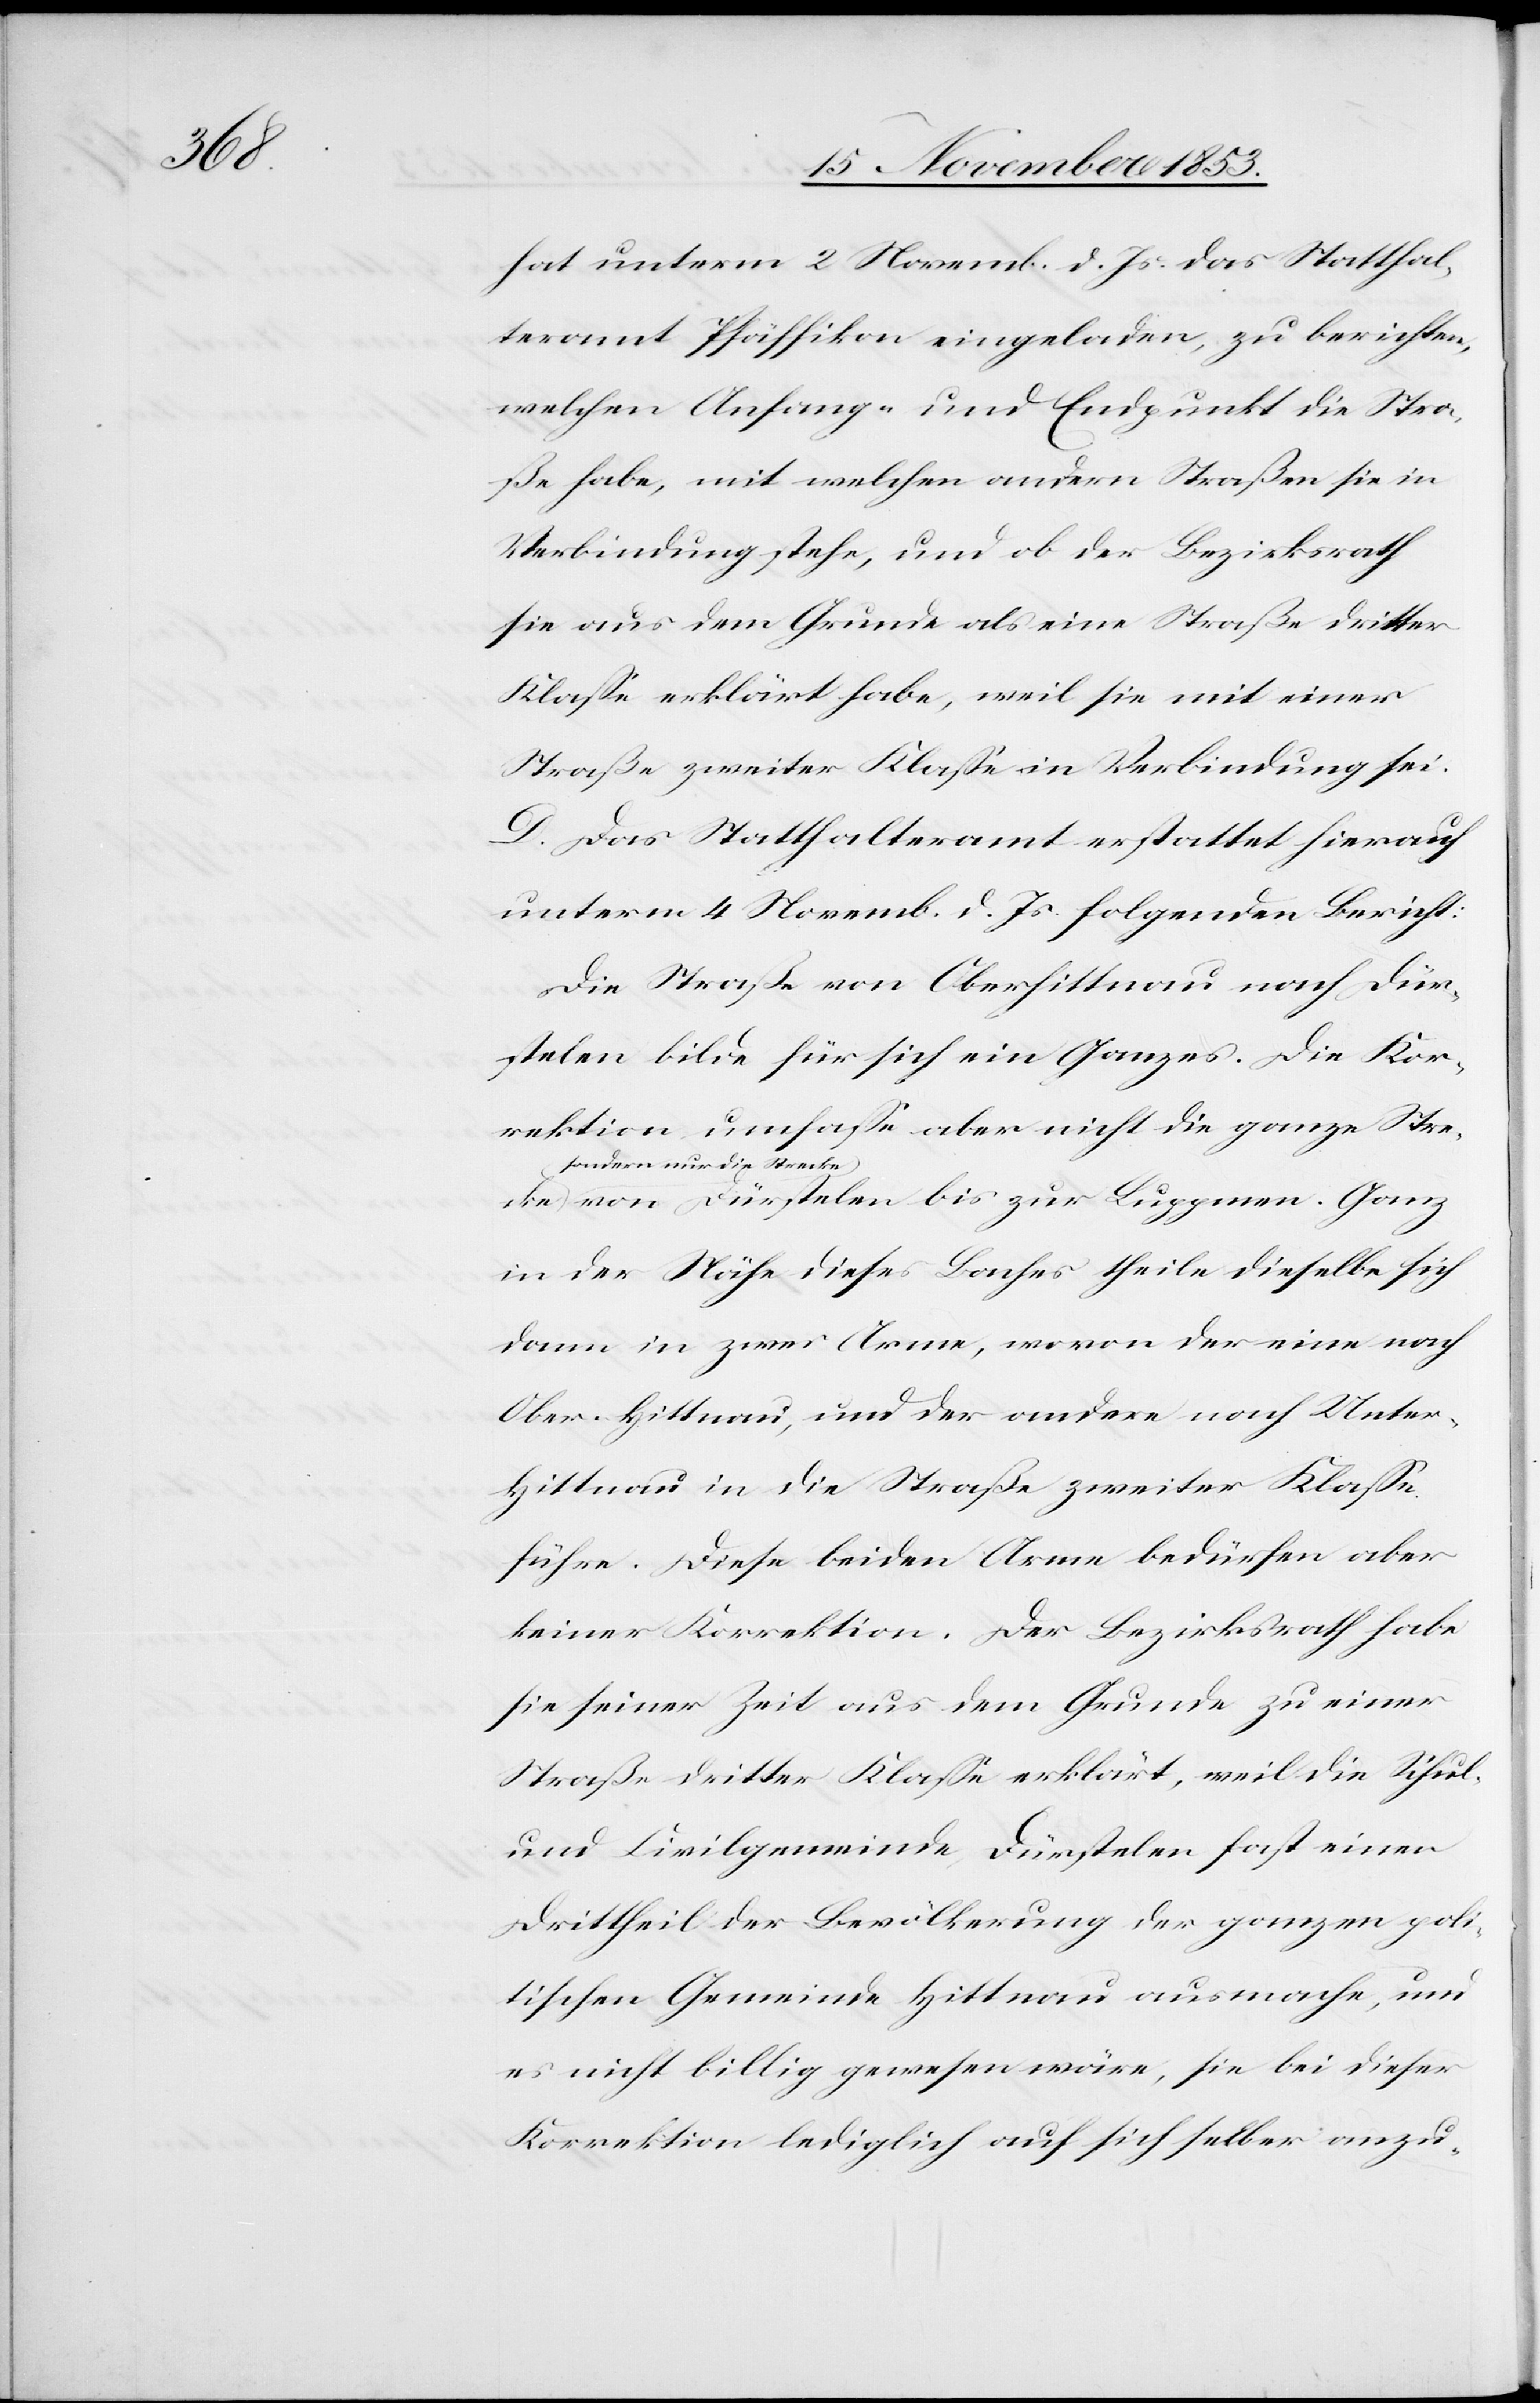
cke,

hat unterm 2 Novemb. d. Js. das Statthal¬
teramt Pfäffikon eingeladen, zu berichten,
welchen Anfang- und Endpunkt die Stra¬
ße habe, mit welchen andern Straßen sie in
Verbindung stehe, und ob der Bezirksrath
sie aus dem Grunde als eine Straße dritter
Klaße erklärt habe, weil sie mit einer
Straße zweiter Klaße in Verbindung sei.
D. Das Statthalteramt erstattet hierauf
unterm 4 Novemb. d. Js. folgenden Bericht:
Die Straße von Oberhittnau nach Dür¬
stelen bilde für sich ein Ganzes. Die Kor¬
rektion umfaße aber nicht die ganze Stre¬
(sondern nur die Streck¬
e) von Dürstelen bis zur Luppmen. Ganz
in der Nähe dieses Baches theile dieselbe sich
dann in zwei Arme, wovon der eine nach
Ober-Hittnau, und der andere nach Unter¬
hittnau in die Straße zweiter Klaße
führe. Diese beiden Arme bedürfen aber
keiner Korrektion. Der Bezirksrath habe
sie seiner Zeit aus dem Grunde zu einer
Straße dritter Klaße erklärt, weil die Schul-
und Civilgemeinde Dürstelen fast einen
Drittheil der Bevölkerung der ganzen poli¬
tischen Gemeinde Hittnau ausmache, und
es nicht billig gewesen wäre, sie bei dieser
Korrektion lediglich auf sich selber anzu-